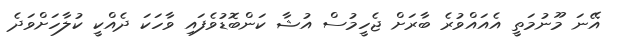
އޭނަ މޫނުމަތީ އެއައްވުރެ ބާރަށް ޖެހީމުސް އުޝާ ކަންބޮޑުވެފައި ވާހަކަ ދެއްކީ ކުލާހަށްވަދެ